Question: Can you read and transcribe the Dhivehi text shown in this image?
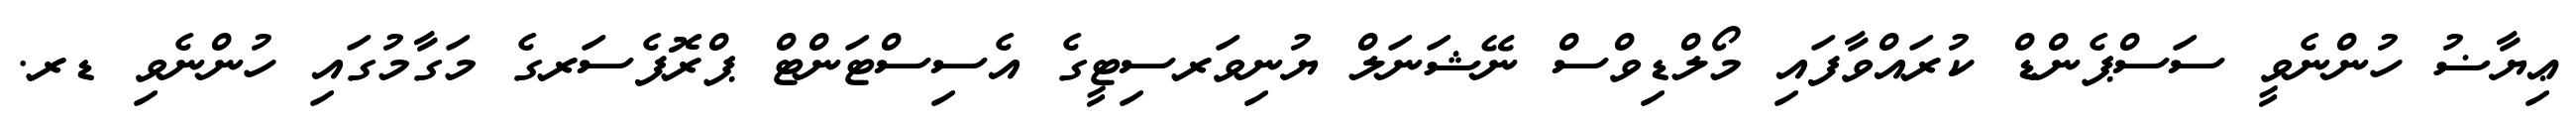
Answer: ޢިޔާޟު ހުންނެވީ ސަސްޕެންޑް ކުރައްވާފައި މޯލްޑިވްސް ނޭޝަނަލް ޔުނިވަރސިޓީގެ އެސިސްޓަންޓް ޕްރޮފެސަރގެ މަގާމުގައި ހުންނެވި ޑރ.